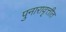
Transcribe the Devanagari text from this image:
पुनारावृत्तीत